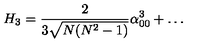
H _ { 3 } = { \frac { 2 } { 3 \sqrt { N ( N ^ { 2 } - 1 ) } } } \alpha _ { 0 0 } ^ { 3 } + \dots